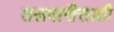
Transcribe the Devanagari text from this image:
तलवारीसाठी